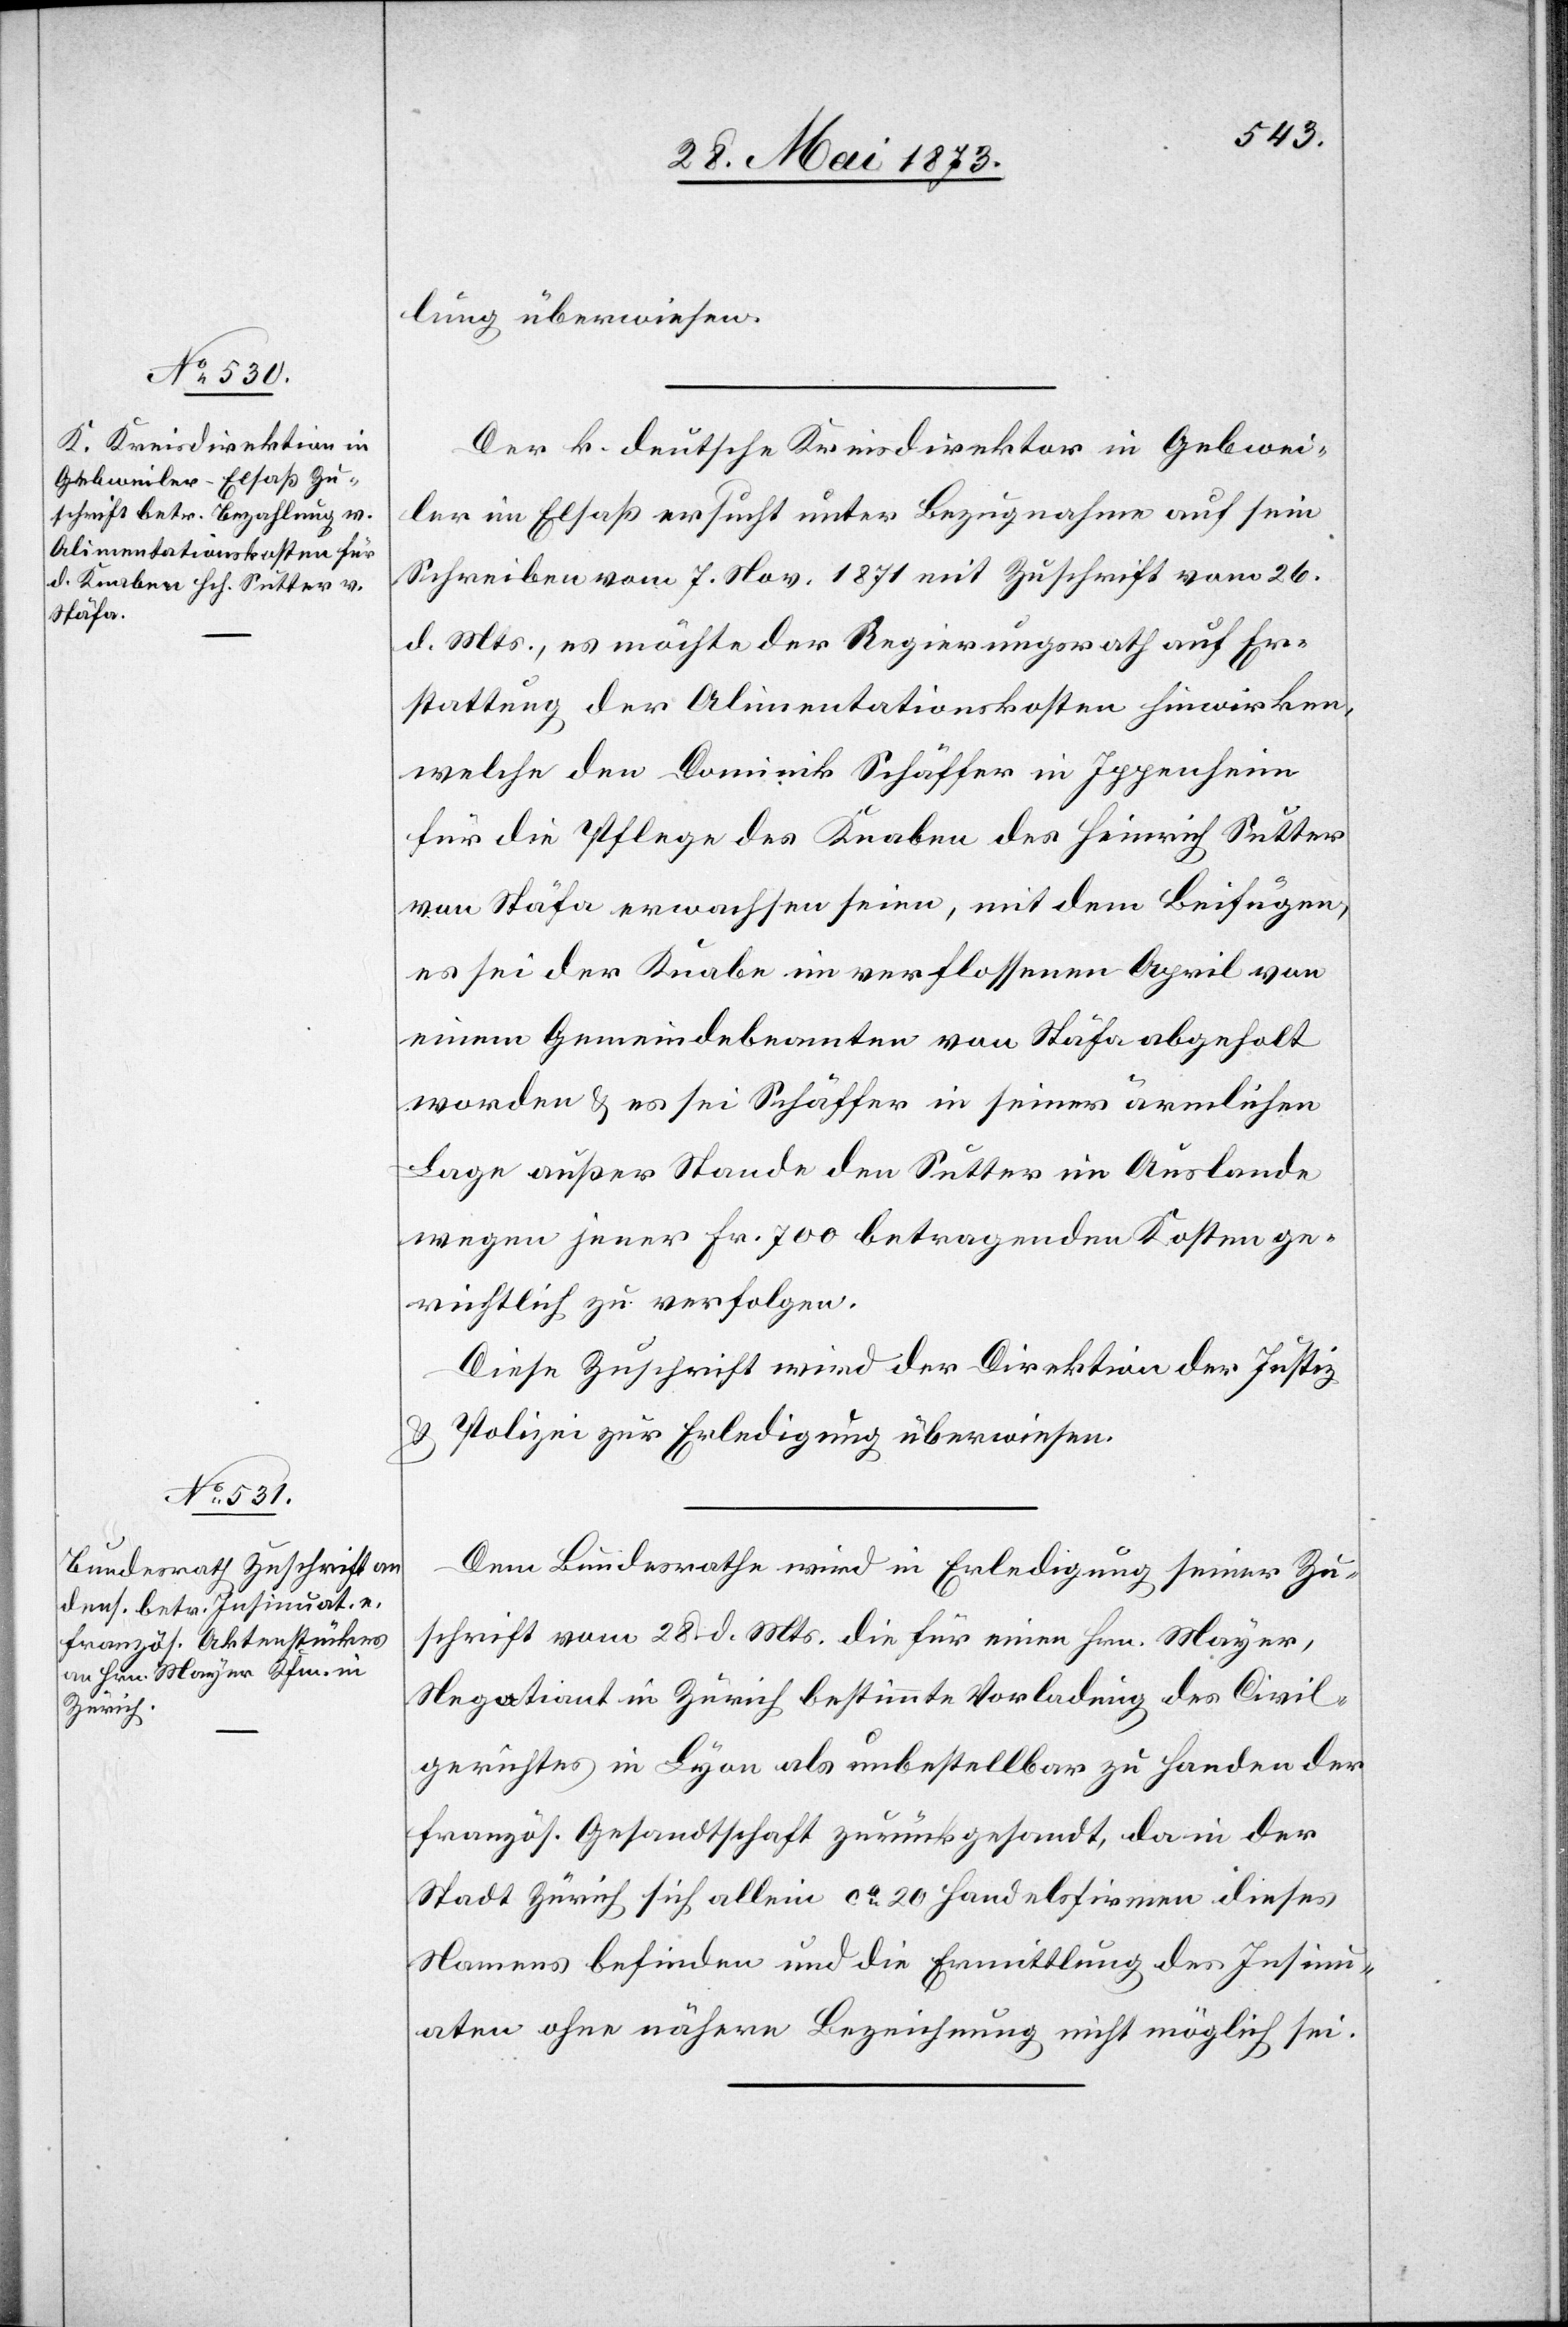
30. Mai 1873]
lung überwiesen.
Der k. deutsche Kreisdirektor in Gebwei¬
ler im Elsaß ersucht unter Bezugnahme auf sein
Schreiben vom 7. Nov. 1871 mit Zuschrift vom 26.
d. Mts., es möchte der Regierungsrath auf Er¬
stattung der Alimentationskosten hinwirken,
welche den [sic!] Dominik Schäffer in Ippenheim
für die Pflege des Knaben des Heinrich Sutter
von Stäfa erwachsen seien, mit dem Beifügen,
es sei der Knabe im verflossenen April von
einem Gemeindebeamten von Stäfa abgeholt
worden & es sei Schäffer in seiner ärmlichen
Lage außer Stande den Sutter im Auslande
wegen jener Fr. 700 betragenden Kosten ge¬
richtlich zu verfolgen.
Diese Zuschrift wird der Direktion der Justiz
& Polizei zur Erledigung überwiesen.
Dem Bundesrathe wird in Erledigung seiner Zu¬
schrift vom 28. d. Mts. die für einen Hrn. Mayer,
Negotiant in Zürich bestimmte Vorladung des Civil¬
gerichtes in Lyon als unbestellbar zu Handen der
französ. Gesandtschaft zurückgesandt, da in der
Stadt Zürich sich allein ca 20 Handelsfirmen dieses
Namens befinden und die Ermittlung des Insinu¬
aten ohne nähere Bezeichnung nicht möglich sei.